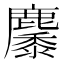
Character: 𪋩